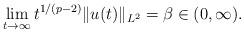
LaTeX: \begin{align*}\lim_{t\to\infty} t^{1/(p-2)}\Vert u(t)\Vert_{L^2}=\beta \in (0,\infty). \end{align*}